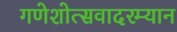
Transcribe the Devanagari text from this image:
गणेशोत्सवादरम्यान